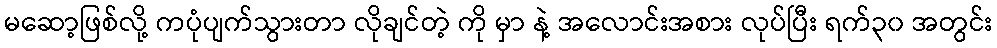
မဆော့ဖြစ်လို့ ကပုံပျက်သွားတာ လိုချင်တဲ့ ကို မှာ နဲ့ အလောင်းအစား လုပ်ပြီး ရက်၃၀ အတွင်း